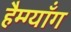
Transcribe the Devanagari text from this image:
हैम्ग्यॉंग